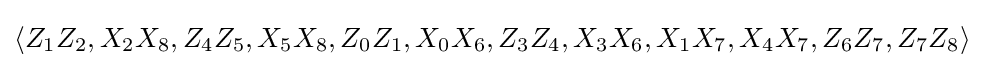
\langle Z_{1}Z_{2},X_{2}X_{8},Z_{4}Z_{5},X_{5}X_{8},Z_{0}Z_{1},X_{0}X_{6},Z_{3}Z_{4},X_{3}X_{6},X_{1}X_{7},X_{4}X_{7},Z_{6}Z_{7},Z_{7}Z_{8}\rangle